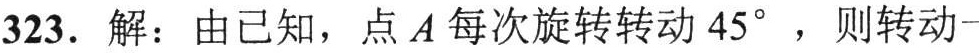
323. 解：由已知，点 \(A\) 每次旋转转动 \(45^{\circ}\)，则转动一